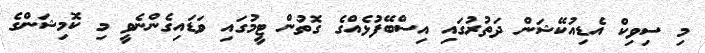
މި ސިވިކް އެޑިއުކޭޝަން ދަތުރުގައި އިސްބޭފުޅެއްގެ ގޮތުން ޓީމުގައި ވަޑައިގެންނެވީ މި ކޮމިޝަންގެ